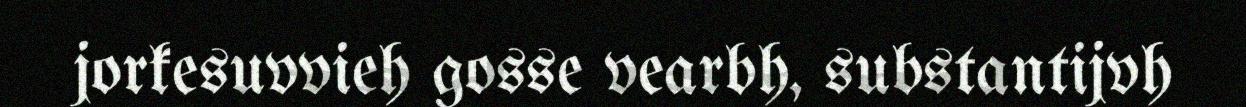
jorkesuvvieh gosse vearbh, substantijvh